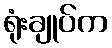
ရုံးချုပ်က